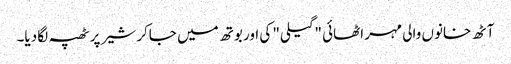
آٹھ خانوں والی مہر اٹھائی "گیلی" کی اور بوتھ میں جاکر شیر پر ٹھپہ لگا دیا۔